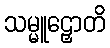
သမ္မူဠှောတိ